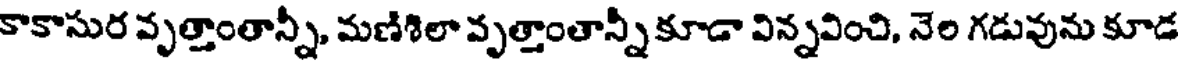
కాకాసుర వృత్తాంతాన్నీ, మణిశిలా వృత్తాంతాన్నీ కూడా విన్నవించి, నెల గడువును కూడ